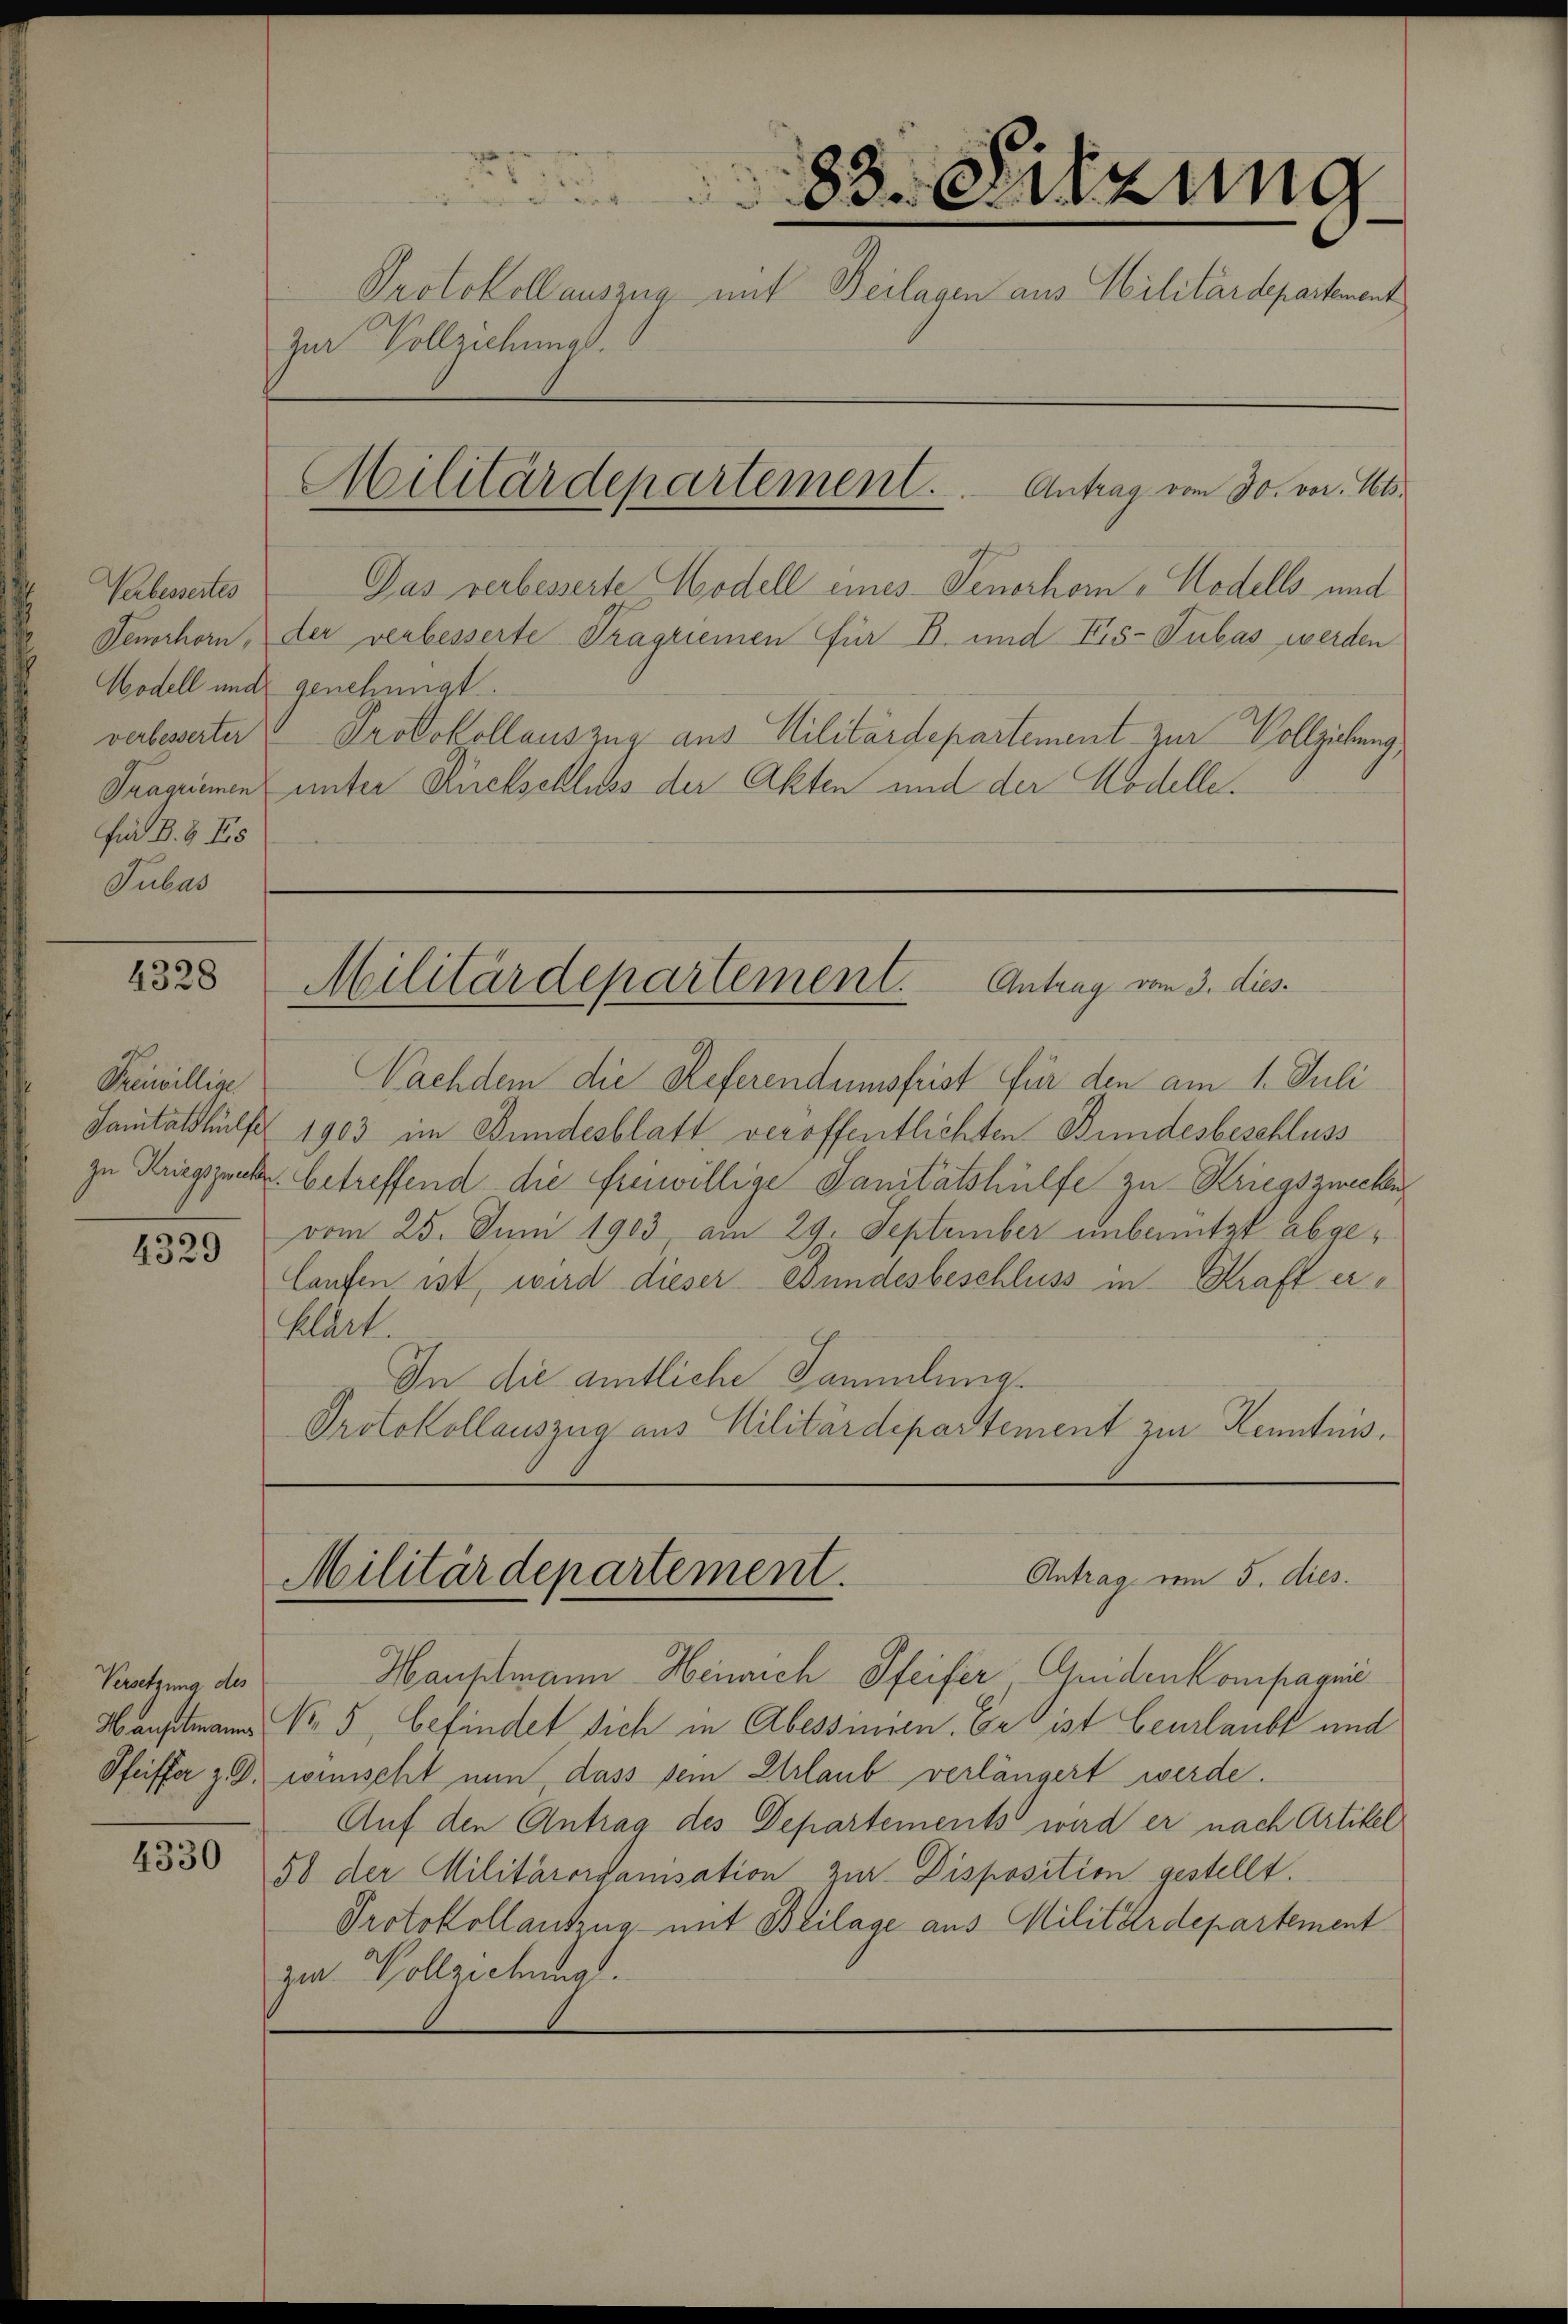
Verbessertes
verbesserter
für B. b. Es
Subar

4328

Freiwillige

4329

Versetzung des

4330

83. Sitzung
Protokollauszug mit Beilagen aus Militärdepartement
zur Vollziehung.
Militärdepartement. Antrag vom 30. vor. Mts.

Das verbesserte Modell eines Tenorhom „Hodells- und
Venchorn, der verbesserte Tragriemen für B. und Fis-Tubas werden
Wodell und genehmigt.
Protokollauszug aus Militärdepartement zur Vollziehung,
Tragrimmen unter Rückschluss der Akten und der Modelle.

Nachdem die Referendumsfrist für den am 1. Juli
Sanitätshülfe 1903 im Bundesblatt veröffentlichten Bundesbeschluss
zu Kriegszekr. betreffend die freiwillige Sanitätshülfe zu Kriegszwecken
vom 25. Juni 1903 am 29. September unbenutzt abgelaufen ist, wird dieser Bundesbeschluss in Kraft erklärt.
In die amtliche Sammlung.
Protokollauszug aus Militärdepartement zur Kenntnis.

Hauptmann Heinrich Pfeifer Gedenkompagni
Hauptmann No. 5, befindet sich in Abessinien. Er ist beurlaubt und
Pfeiffer z. B. womischt nun, dass sein Urlaub verlängert werde.
Auf den Antrag des Departements wird er nach Artikel
50 der Militärorganisation zur Disposition gestellt.
Protokollantzug mit Beilage aus Militärdepartement
zu Vollziehung.

Militärdepartement. Antrag vom 3. dies

Antrag vom 5. dies.
Militärdepartement.